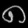
Digit: ၈